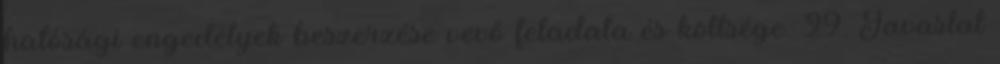
hatósági engedélyek beszerzése vevő feladata és költsége. 29. Javaslat